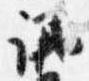
議